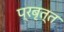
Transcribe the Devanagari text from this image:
प्रबृत्त